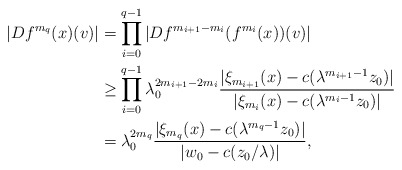
\begin{align*}|Df^{m_q}(x)(v)|&=\prod_{i=0}^{q-1} |Df^{m_{i+1}-m_i}(f^{m_i}(x))(v)| \\&\geq \prod_{i=0}^{q-1} \lambda_0^{2m_{i+1}-2m_i} \frac{ |\xi_{m_{i+1}}(x)-c(\lambda^{m_{i+1}-1}z_0)|}{ |\xi_{m_{i}}(x)-c(\lambda^{m_i-1}z_0)| } \\&=\lambda_0^{2m_q} \frac{|\xi_{m_q}(x)-c(\lambda^{m_q-1}z_0)|}{|w_0-c(z_0/\lambda)|},\end{align*}